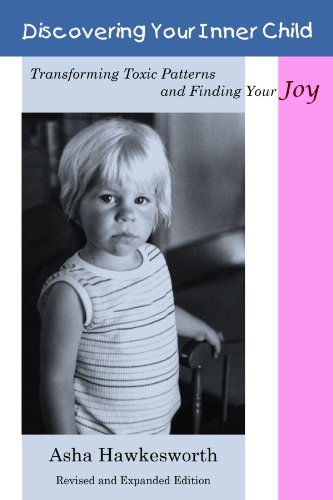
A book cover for Discovering Your Inner Child: Transforming Toxic Patterns And Finding Your Joy (Revised And Expanded Edition); Asha Hawkesworth; Self-Help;